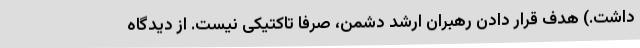
داشت.) هدف قرار دادن رهبران ارشد دشمن، صرفا تاکتیکی نیست. از دیدگاه